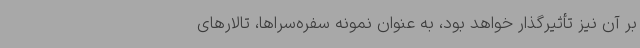
بر آن نیز تأثیرگذار خواهد بود، به عنوان نمونه سفره‌سراها، تالارهای